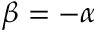
\beta = - \alpha